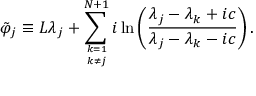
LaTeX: \tilde { \varphi } _ { j } \equiv L \lambda _ { j } + \sum _ { k = 1 \atop { k \ne j } } ^ { N + 1 } i \ln \left( \frac { \lambda _ { j } - \lambda _ { k } + i c } { \lambda _ { j } - \lambda _ { k } - i c } \right) .